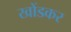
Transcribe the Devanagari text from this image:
खोंडकर